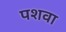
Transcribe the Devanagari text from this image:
पशवा